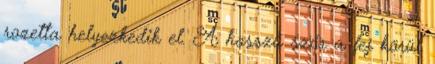
rozetta helyezkedik el. A hosszú szőr a fej körül